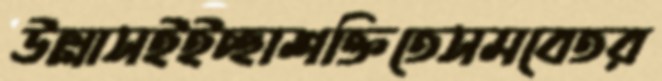
উল্লাসইইচ্ছাশক্তিতেসমবেতর